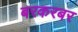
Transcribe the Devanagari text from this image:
बरकरबर